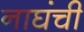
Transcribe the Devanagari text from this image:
नाघंची